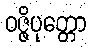
ဝဇ္ဇိပုတ္တော